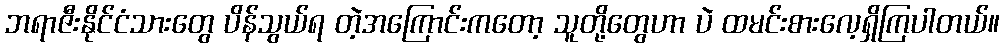
ဘရာဇီးနိုင်ငံသားတွေ ပိန်သွယ်ရ တဲ့အကြောင်းကတော့ သူတို့တွေဟာ ပဲ ထမင်းစားလေ့ရှိကြပါတယ်။